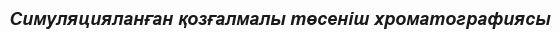
Симуляцияланған қозғалмалы төсеніш хроматографиясы